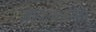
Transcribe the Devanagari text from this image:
आहाराव्यतिरिक्त